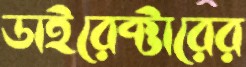
ডাইরেক্টারের